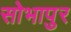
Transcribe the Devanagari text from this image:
सोभापुर